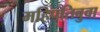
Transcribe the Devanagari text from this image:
महिपतिबुवा